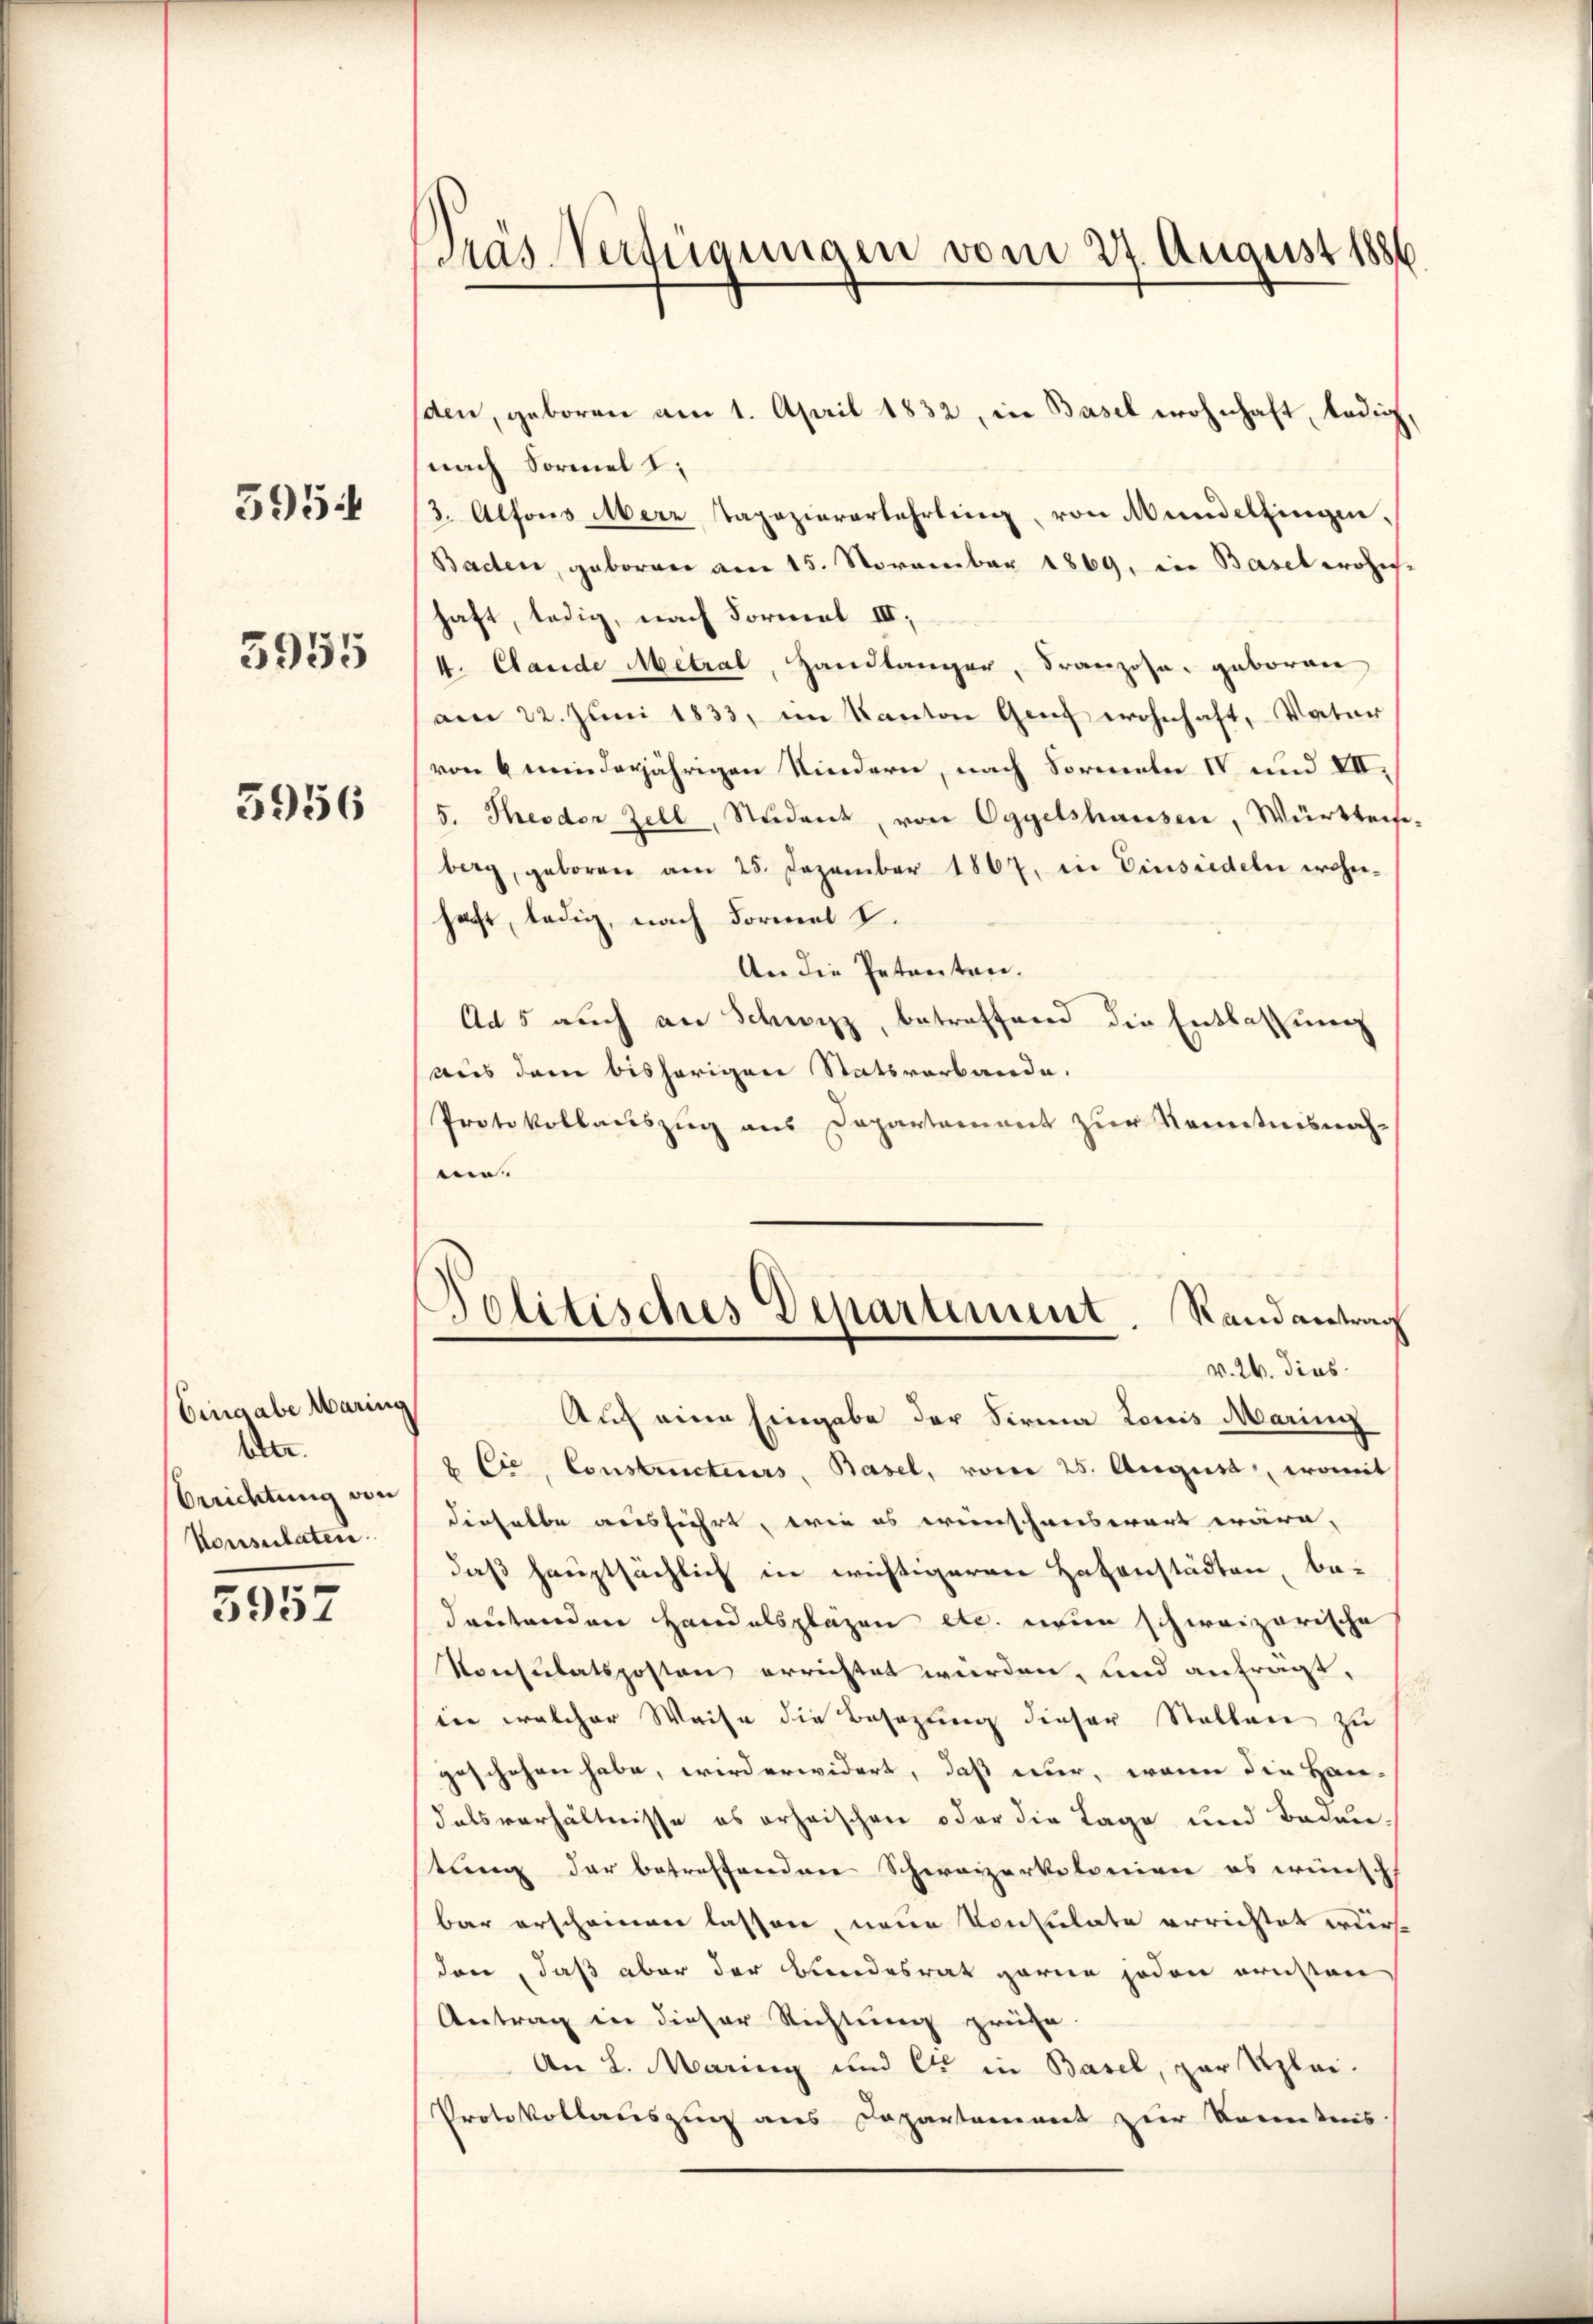
395

3955

3956

Eingabe Maring
Ver.
Berichtung von
Konsulaten.
5957

Pras Verfügungen vom 27. August 1886

den, geboren am 1. April 1832, in Basel wohnhaft, ledig,
nach Sormel I
3. Alfons Merz tapaziererkehrling von Mündelfingen.
Baden, geboren am 15. November 1869, in Basel wohn-
haft, ledig, nach Formal III,
4. Cande Metral, Handlanger, Franzose, geboren
am 22. Juni 1833, im Kanton Genf wohnhaft, Vater
von 6 minderjährigen Kindern, nach Sormeln IV und VII.
5. Theodor Zell, Student, von Eggelshausen, Württeise-
berg, geboren am 25. Dezember 1807. in Einsiedeln wohnhaft, ledig, nach Formel I.
An die Petenten.
Ad 5 auch an Schwyz, betreffend die Entlassung
aus dem bisherigen Statsverbande.
Protokollauszug aus Departement zur Kenntnisnahm
Politisches Departement. Randantrag
v. 26. dies
Auch eine Eingabe der Firma Louis Maring
& Cie, Constructeurs, Basel, vom 25. August, womit
dieselbe ausführt, wie es weinschenswart wäre,
daß hauptsächlich in wichtigeren Hafenstädten, bedeutenden Handelspläzen etc. neun schweizerische
Konsulatsposten errichtet würden, und anfragt,
iin welcher Weise die Besazung dieser Stallen zu
geschehen habe, wird erwidert, daß nur, wenn die Han-
dalsverhältnisse es erheischen oder die Lage und Badentung der betreffenden Schweizerkolonien es wünsch
bar erscheinen lassen, neue Konsulate errichtet wir
den, daß aber der Bundesrat garne jeden ernsten
Antrag in dieser Richtung prüfe
An L. Maring und C in Basel, zur Klei-
Protokollauszug aus Departement zur Kenntnis.